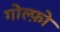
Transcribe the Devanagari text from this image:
गोल्फ़ो